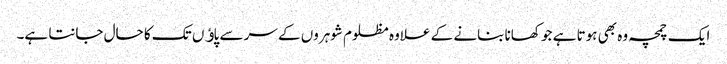
ایک چمچہ وہ بھی ہوتا ہے جو کھانا بنانے کے علاوہ مظلوم شوہروں کے سر سے پاﺅں تک کا حال جانتا ہے۔